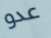
عدو